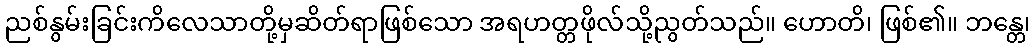
ညစ်နွမ်းခြင်းကိလေသာတို့မှဆိတ်ရာဖြစ်သော အရဟတ္တဖိုလ်သို့ညွတ်သည်။ ဟောတိ၊ ဖြစ်၏။ ဘန္တေ၊